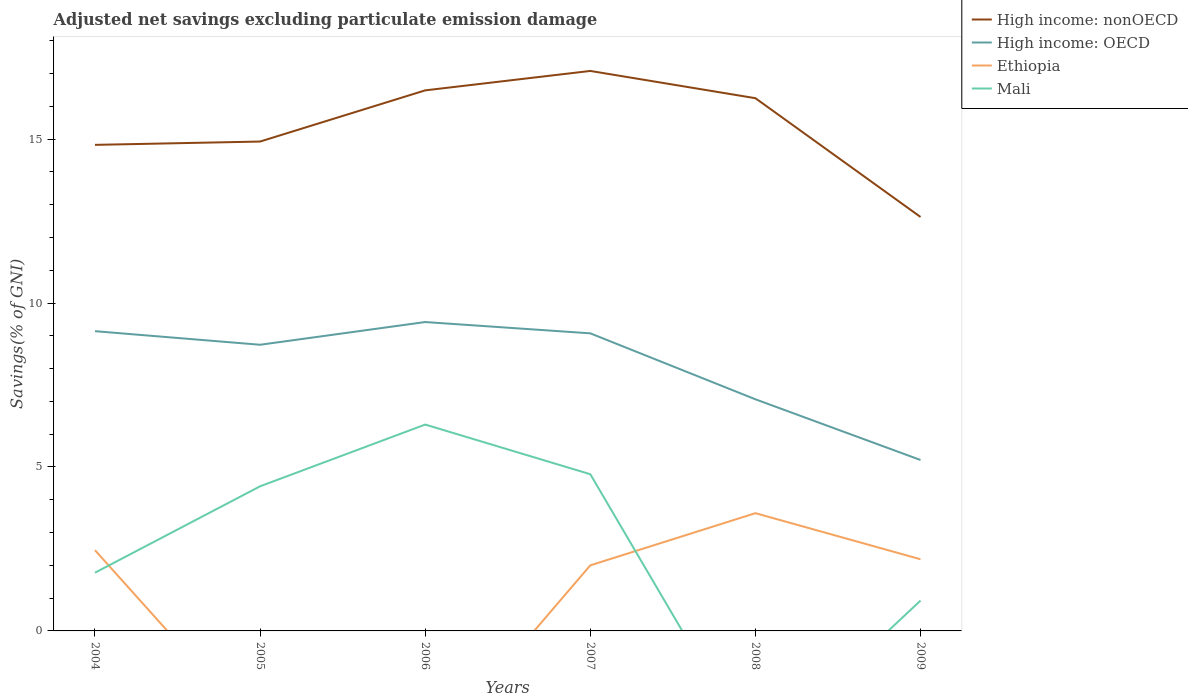
| Years | High income: nonOECD | High income: OECD | Ethiopia | Mali |
 | --- | --- | --- | --- | --- |
 | 2004 | 14.8 | 9.14 | 2.46 | 1.78 |
 | 2005 | 14.9 | 8.73 | -3.15 | 4.41 |
 | 2006 | 16.5 | 9.42 | -3.88 | 6.29 |
 | 2007 | 17.1 | 9.08 | 2 | 4.78 |
 | 2008 | 16.2 | 7.06 | 3.59 | -3.8 |
 | 2009 | 12.6 | 5.21 | 2.19 | 0.925 |